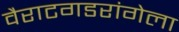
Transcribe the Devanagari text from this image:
वैराटगडरांगेला